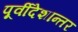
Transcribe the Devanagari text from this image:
पूर्वीदेशान्तर